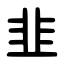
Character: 韭